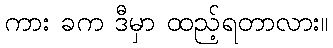
ကား ခက ဒီမှာ ထည့်ရတာလား။